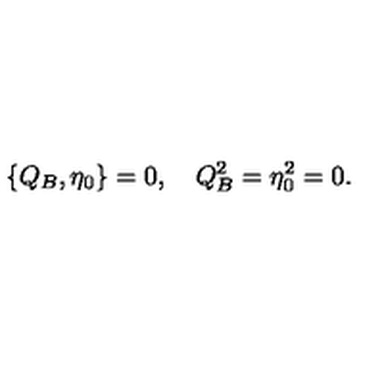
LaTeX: \{ Q _ { B } , \eta _ { 0 } \} = 0 , \quad Q _ { B } ^ { 2 } = \eta _ { 0 } ^ { 2 } = 0 .